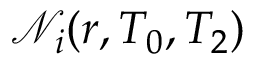
\mathscr { N } _ { i } ( r , T _ { 0 } , T _ { 2 } )